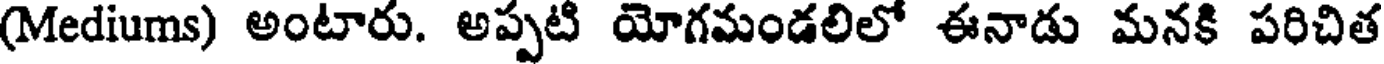
(Mediums) అంటారు. అప్పటి యోగమండలిలో ఈనాడు మనకి పరిచిత